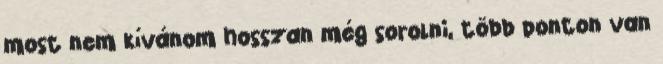
most nem kívánom hosszan még sorolni, több ponton van